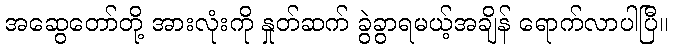
အဆွေတော်တို့ အားလုံးကို နှုတ်ဆက် ခွဲခွာရမယ့်အချိန် ရောက်လာပါပြီ။